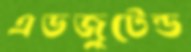
এডজুটেন্ড